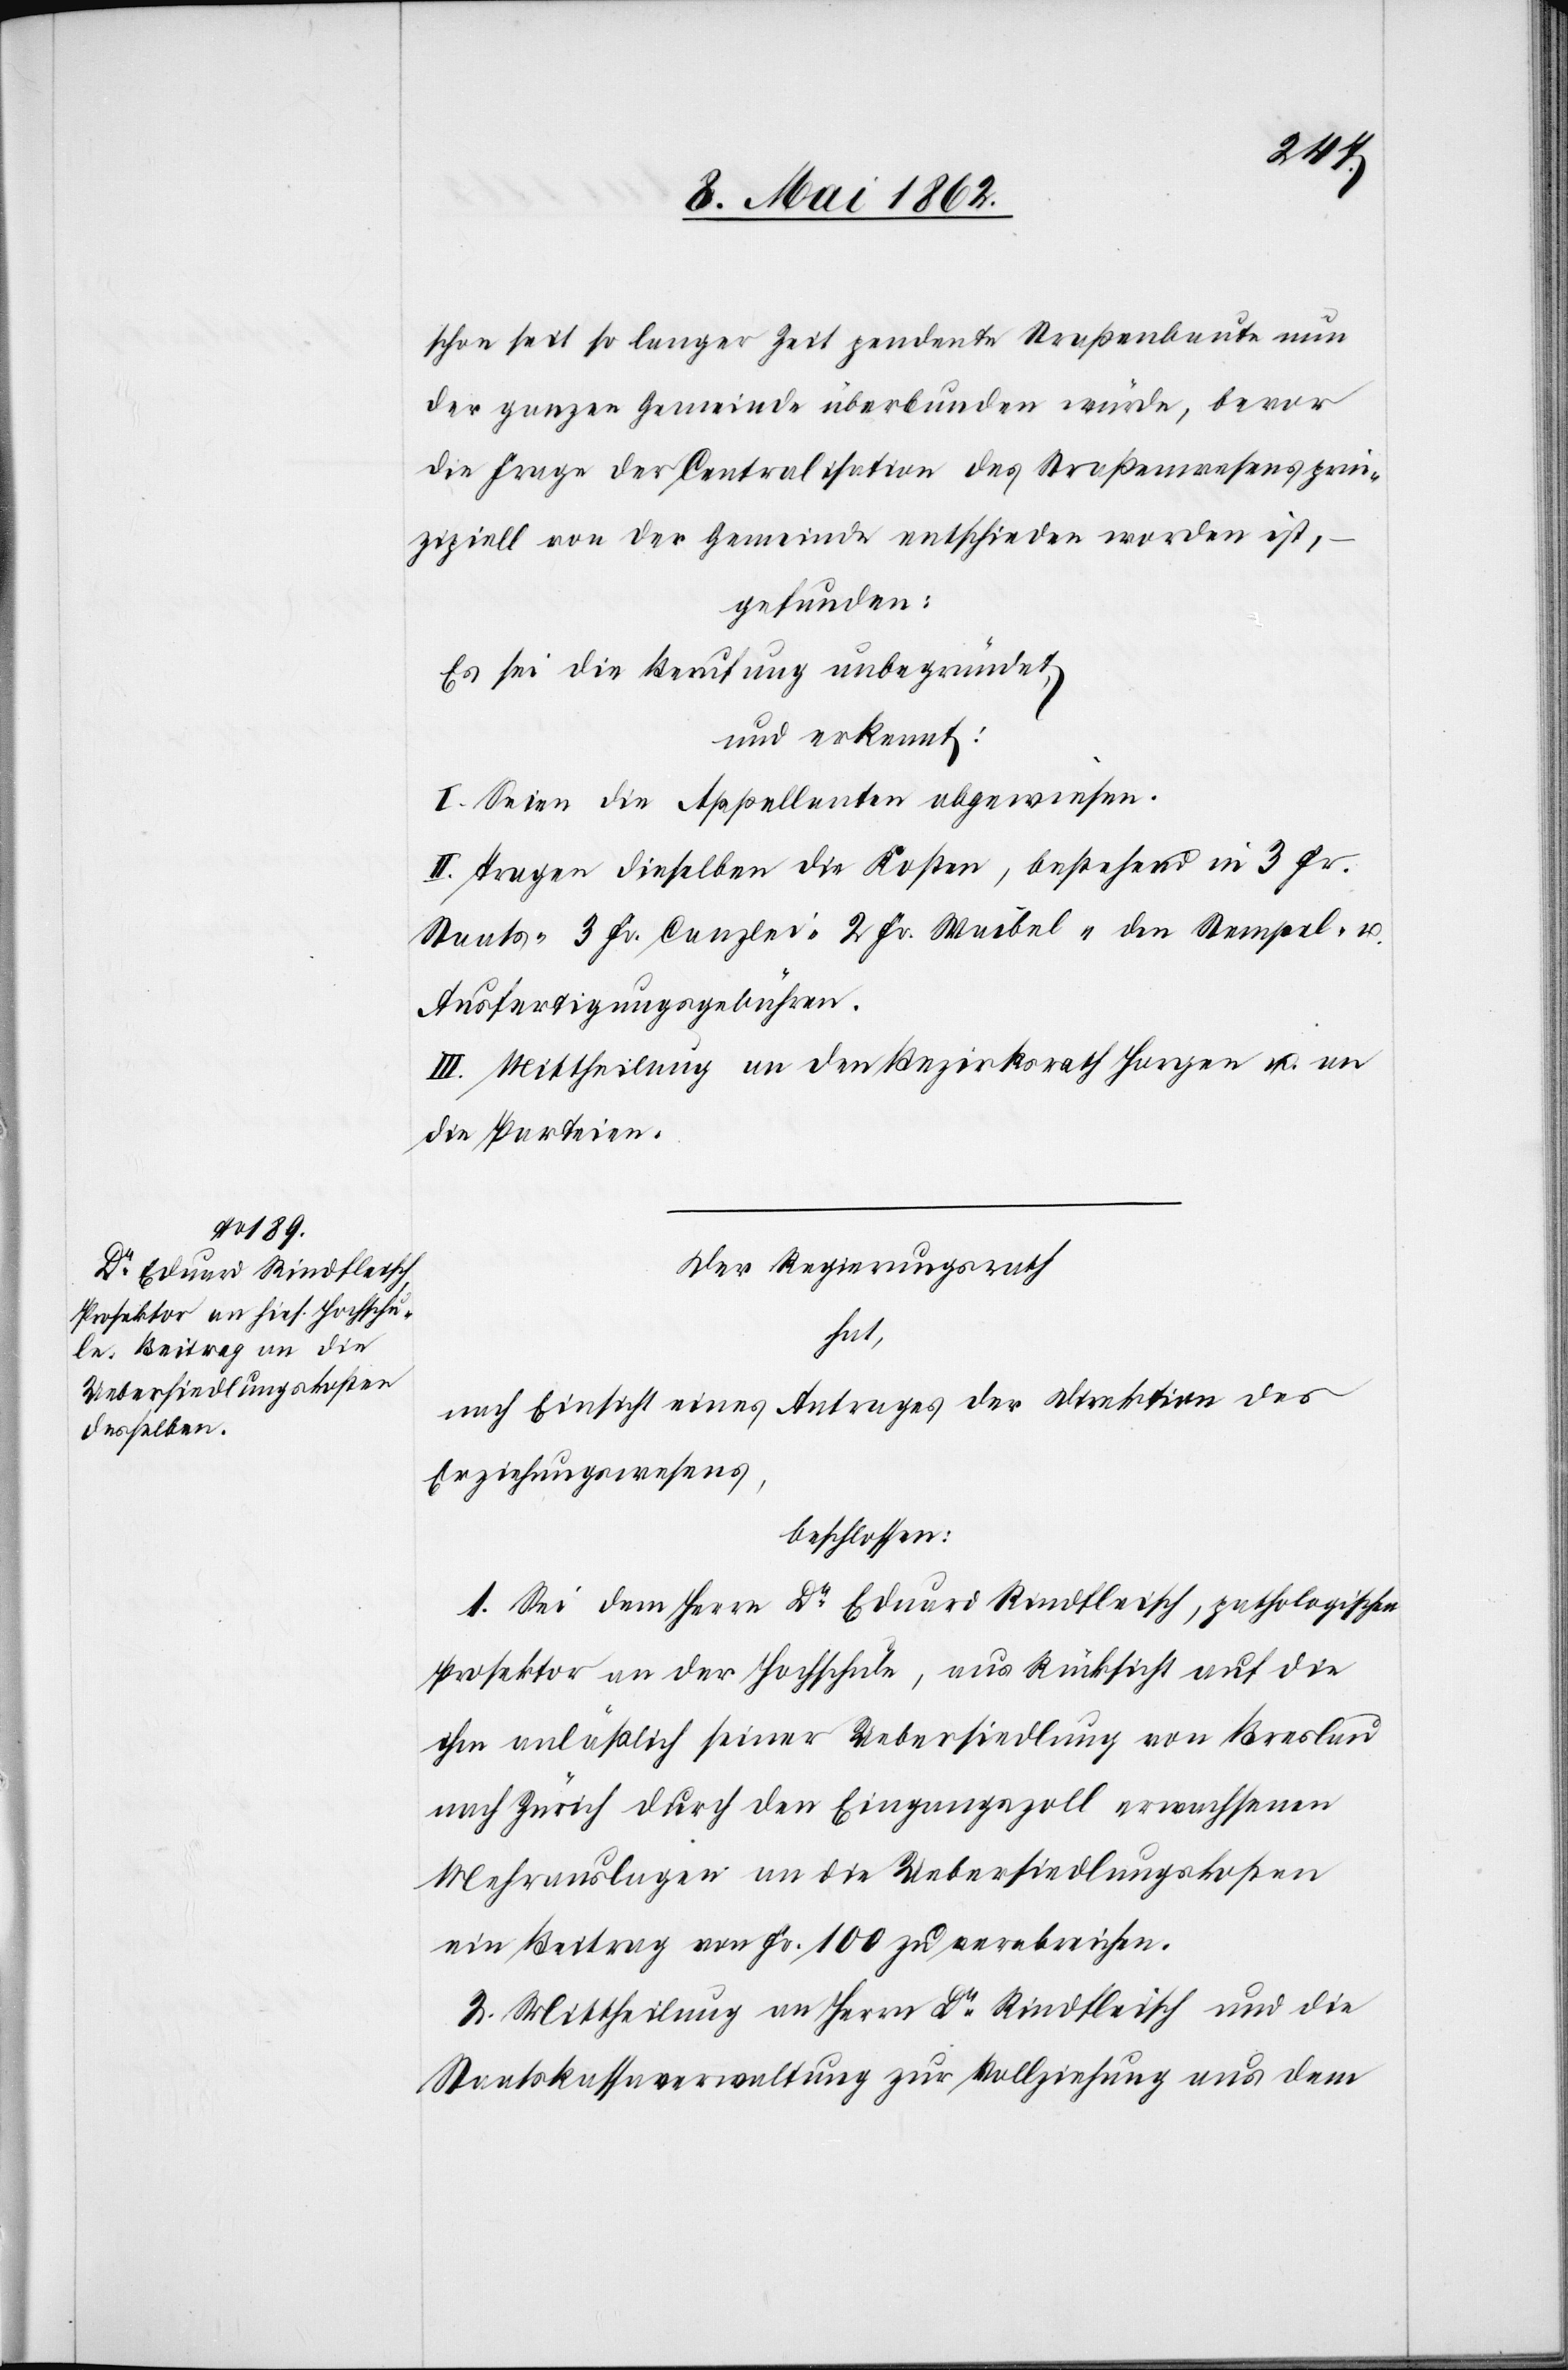
schon seit so langer Zeit pendete Straßenbaute nun
der ganzen Gemeinde überbunden würde, bevor
die Frage der Centralisation des Straßenwesens prin¬
zipiell von der Gemeinde entschieden worden ist,
gefunden
Es sei die Berufung unbegründet,
und erkennt:
I. Seien die Appellanten abgewiesen.
II. Tragen dieselben die Kosten, bestehend in 3 Fr.
Staats-[,] 3 Fr. Canzlei-[,] 2 Fr. Waibel-[,] den Stempel- u.
Ausfertigungsgebühren.
III. Mittheilung an den Bezirksrath Horgen u. an
die Parteien.
Der Regierungsrath
hat,
nach Einsicht eines Antrages der Direktion des
Erziehungswesens,
beschlossen:
1. Sei dem Herrn Dr. Eduard Rindfleisch, pathologischen
Prosektor an der Hochschule, aus Rücksicht auf die
ihm anläßlich seiner Uebersiedlung von Breslau
nach Zürich durch den Eingangzoll erwachsenen
Mehrauslagen an die Uebersiedlungskosten
ein Beitrag von Fr. 100 zu verabreichen.
2. Mittheilung an Herrn Dr. Rindfleisch und die
Staatskassaverwaltung zur Vollziehung aus dem